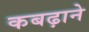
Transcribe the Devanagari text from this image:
कबढ़ाने